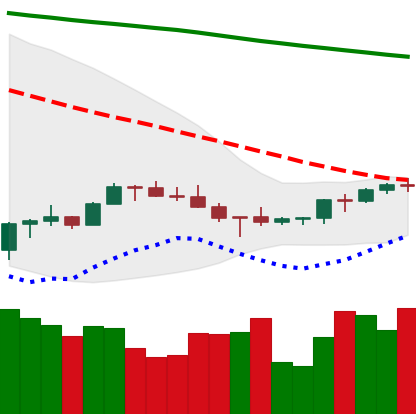
Ticker: BNB-USD
Chart end date: 2022-07-08
Forward return: -4.247%
Label: down_3_5